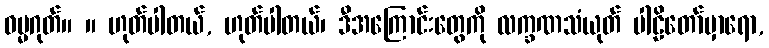
ဓမ္မဂုတ်။ ။ ဟုတ်ပါတယ်, ဟုတ်ပါတယ်၊ ဒီအကြောင်းတွေကို လက္ခဏသံယုတ် ပါဠိတော်မှာရော,